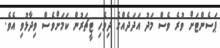
ޕަސެންޓަށް ވުރެ ވެސް މަދު އަދަދެއްގެ ދިވެހި ޓީޗަރުން ކަމަށްވެސް ވިދާޅުވި އެވެ.